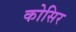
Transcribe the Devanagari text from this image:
कोसिर